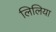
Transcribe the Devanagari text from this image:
लिलिया